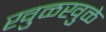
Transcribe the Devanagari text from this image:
खुळखुळे